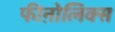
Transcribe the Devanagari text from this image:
फीऩोलिक्स